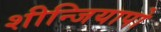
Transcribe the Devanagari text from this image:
शीन्जियापो